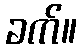
ခက်။